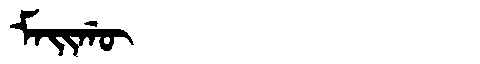
Manchu: ᠮᠠᡳᡤᡡ
Romanization: MAIGŪ